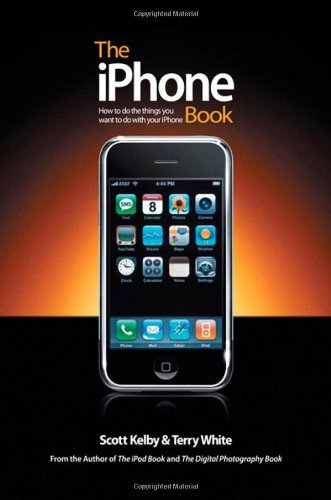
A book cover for The iPhone Book: How to Do the Things You Want to Do with Your iPhone; Scott Kelby; Computers & Technology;